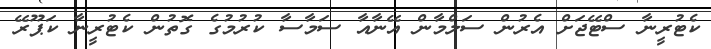
ކެޓުރީނާ ސްޓޭޖަށް އެރުން ސަލްމާން އޭނާއާ ސަމާސާ ކުރުމުގެ ގޮތުން ކެޓުރީނާ ކަޕޫރޭ